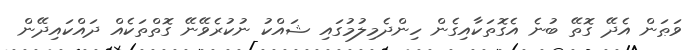
ވަޠަން އެދޭ ގޮތޭ ބުނެ އެގޮތަކާއިގެން ހިންދެމިލުމުގައި ޝައްކު ނުކުރެވޭނޭ ގޮތްތަކެއް ދައްކައިދޭން